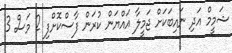
ޝަމީމް އަދި ނައިބަކަށް ޖަމީލާ އައްޔަން ކުރަން ފާސްކޮށްފި 2 މަސް 3